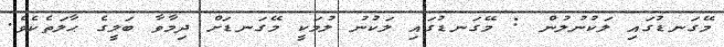
މޭގަނޑުގައި ލަކުނުލުން : މޭގަނޑުގައި ލަކުނު ލުމަކީ މޭގަނޑަށް ދިމާވާ ބަލީގެ ޙާލަތެކެވެ.